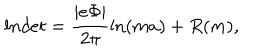
LaTeX: l n d e t = \frac { | e \Phi | } { 2 \pi } \ln ( m a ) + R ( m ) ,